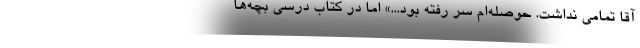
آقا تمامی نداشت. حوصله‌ام سر رفته بود...» اما در کتاب درسی بچه‌ها